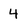
Character: 4